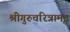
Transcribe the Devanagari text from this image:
श्रीगुरुचरित्रामृत